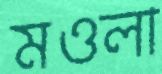
মওলা